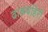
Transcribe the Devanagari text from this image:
ढाकबहिरी